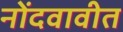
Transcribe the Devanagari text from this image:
नोंदवावीत